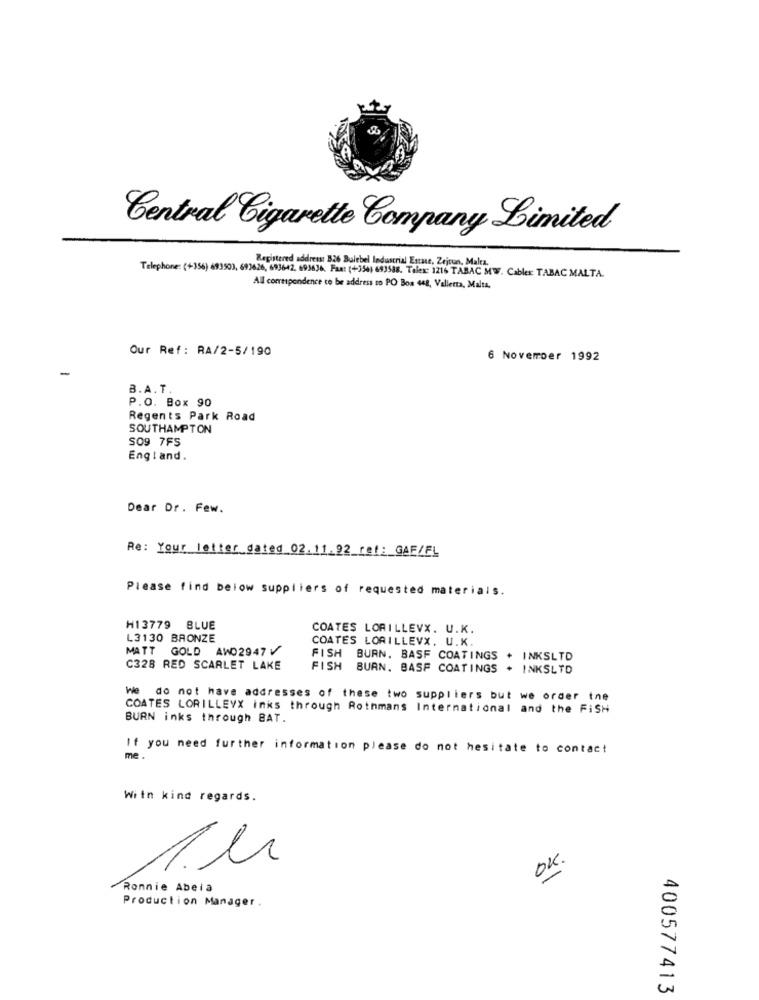
Central Cigarette Company Limited
Registered address: 826 Bulebel Industrial Estate, Zejrun, Malta.
Telephone: (+356) 693503, 693626, 693642, 693636. Fax: (+354) 693588. Tolex: 1216 TABAC MW. Cables: TABAC MALTA.
All correspondence to be address to PO Boa 468, Valletta, Malta.
Our Ref: RA/2-5/190
6 November 1992
B.A.T.
P.O. Box 90
Regents Park Road
SOUTHAMPTON
S09 7F5
England.
Dear Dr. Few.
Re: Your letter dated 02.11.92 ref: GAF/FL
Please find below suppliers of requested materials.
H13779 BLUE
COATES LORILLEVX. U.K.
L3130 BRONZE
COATES LORILLEVX. U.K.
MATT GOLD AWO2947V
FISH BURN. BASF COATINGS
INKSLTD
C328 RED SCARLET LAKE
FISH BURN. BASF COATINGS
+ INKSLTD
We do not have addresses of these two suppliers but we order the
COATES LORILLEYX inks through Rothmans International and the FiSH
BURN inks through BAT.
If you need further information please do not hesitate to contact
me.
With kind regards.
OK.
Ronnie Abela
Production Manager.
400577413